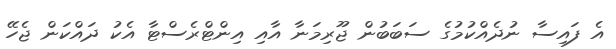
އެ ފައިސާ ނުދެއްކުމުގެ ސަބަބުން ޖޫރިމަނާ އާއި އިންޓްރެސްޓާ އެކު ދައްކަން ޖެހޭ